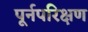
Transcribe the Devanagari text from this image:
पूर्नपरिक्षण